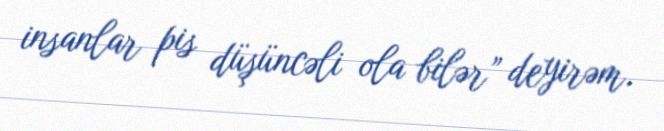
insanlar pis düşüncəli ola bilər” deyirəm.